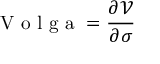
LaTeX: { \textrm { V o l g a } } = { \frac { \partial { \mathcal { V } } } { \partial \sigma } }